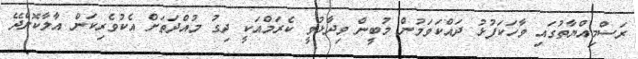
ރަސްމިއްޔާތުގައި ވާހަކަފުޅު ދައްކަވަމުން މުބީން ވިދާޅުވީ ކެރަމްއަކީ ދިގު މުއްދަތަށް އެކުވެރިކަން އާލާކޮށްދޭ